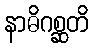
နာဓိဂစ္ဆတိ